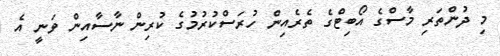
މި ދުންތަރި މާސްގެ އޯބިޓްގެ ތެރެއިން ހުރަސްކުރުމުގެ ކުރިން ނާސާއިން ވަނީ އެ